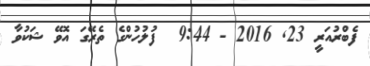
ފެބްރުއަރީ 23